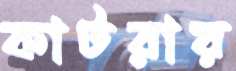
কাটরায়